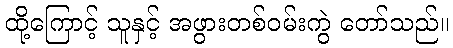
ထို့ကြောင့် သူနှင့် အဖွားတစ်ဝမ်းကွဲ တော်သည်။